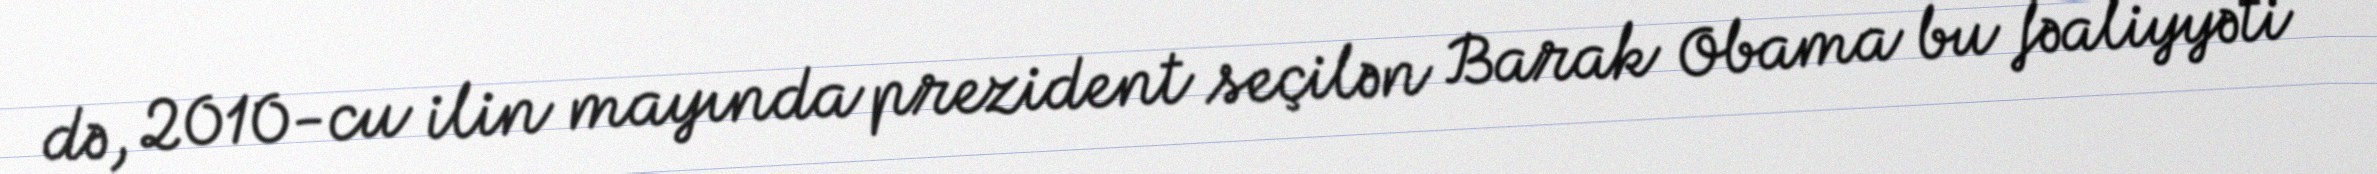
də, 2010-cu ilin mayında prezident seçilən Barak Obama bu fəaliyyəti